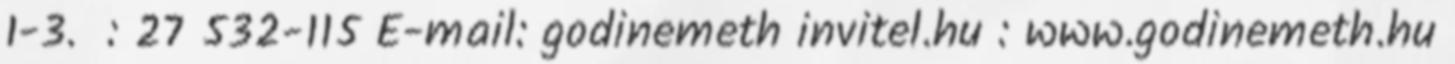
1-3. : 27 532-115 E-mail: godinemeth invitel.hu : www.godinemeth.hu